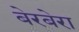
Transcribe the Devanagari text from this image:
बेरबेरा